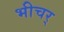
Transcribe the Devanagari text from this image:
भीचर्